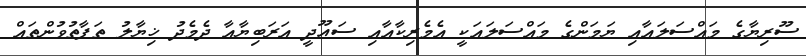
ސޫރިޔާގެ މައްސަލައާއި ޔަމަންގެ މައްސަލައަކީ އެމެރިކާއާއި ސައޫދީ އަރަބިޔާއާ ދެމެދު ޚިޔާލު ތަފާތުވުންތައް